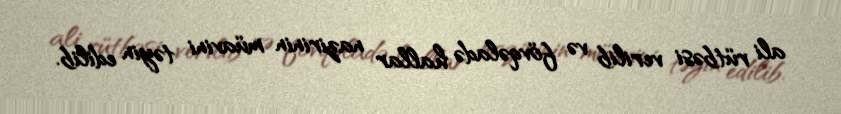
ali rütbəsi verilib və fövqəladə hallar nazirinin müavini təyin edilib.